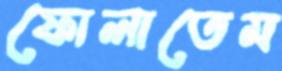
ফোলাতেম